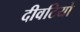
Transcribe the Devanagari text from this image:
दीवटियो